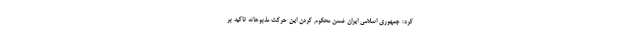
کرد: جمهوری اسلامی ایران ضمن محکوم کردن این حرکت مذبوحانه تاکید بر